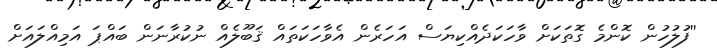
''ފުލުހުން ކޮންމެ ގޮތަކަށް ވާހަކަދެއްކިޔަސް އަހަރެން އެވާހަކަތައް ޤަބޫލެއް ނުކުރާނަން ބައްޕަ އަމިއްލައަށް